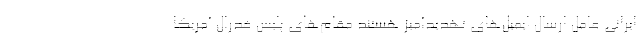
ایرانی عامل ارسال ایمیل‌های تهدیدآمیز هستند مقام‌های پلیس فدرال آمریکا